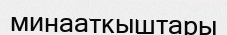
минааткыштары